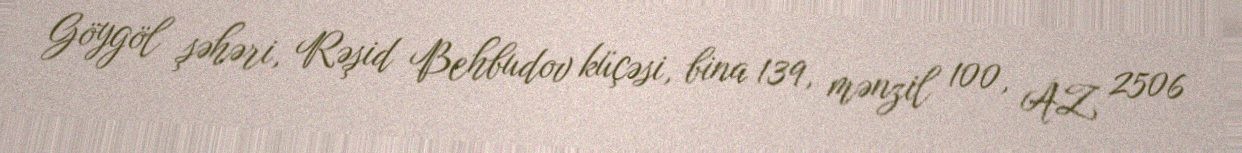
Göygöl şəhəri, Rəşid Behbudov küçəsi, bina 139, mənzil 100, AZ 2506